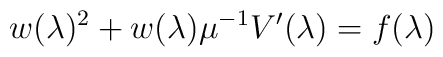
w(\lambda)^2+w(\lambda) \mu^{-1} V'(\lambda) = f(\lambda)\